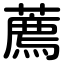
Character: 薦